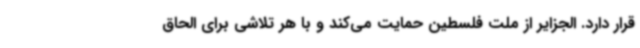
قرار دارد. الجزایر از ملت فلسطین حمایت می‌کند و با هر تلاشی برای الحاق